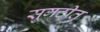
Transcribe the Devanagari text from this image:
सुगठीत